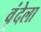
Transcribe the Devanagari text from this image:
वृंदेला